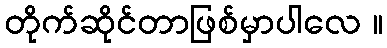
တိုက်ဆိုင်တာဖြစ်မှာပါလေ ။